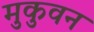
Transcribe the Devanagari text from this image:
मुकुवन